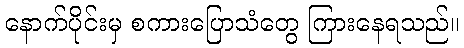
နောက်ပိုင်းမှ စကားပြောသံတွေ ကြားနေရသည်။